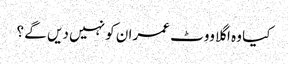
کیا وہ اگلا ووٹ عمران کو نہیں دیں گے ؟